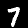
Label: 7